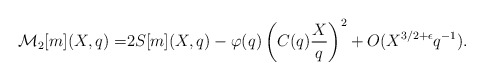
\begin{align*}\mathcal{M}_2[m](X,q)=&2S[m](X,q)-\varphi(q)\left(C(q)\dfrac{X}{q}\right)^2+O(X^{3/2+\epsilon}q^{-1}).\end{align*}